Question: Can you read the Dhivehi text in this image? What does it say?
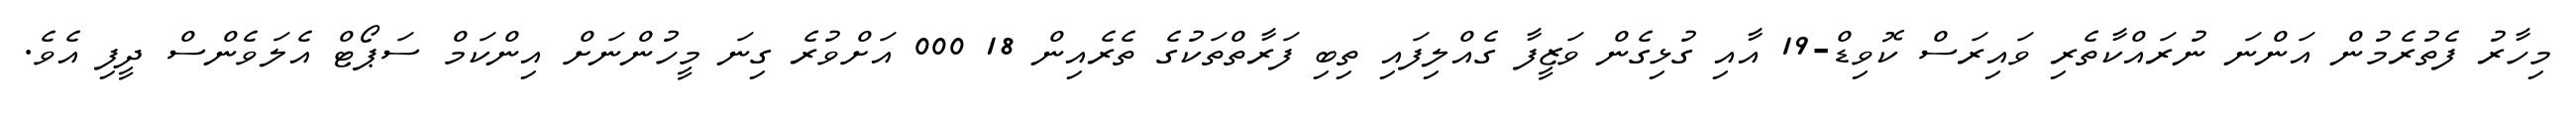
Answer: މިހާރު ފެތުރެމުން އަންނަ ނުރައްކާތެރި ވައިރަސް ކޮވިޑް-19 އާއި ގުޅިގެން ވަޒީފާ ގެއްލިފައި ތިބި ފަރާތްތަކުގެ ތެރެއިން 18 000 އަށްވުރެ ގިނަ މީހުންނަށް އިންކަމް ސަޕޯޓް އެލަވެންސް ދީފި އެވެ.